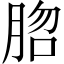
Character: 脗